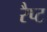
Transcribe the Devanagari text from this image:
रैप्ट